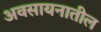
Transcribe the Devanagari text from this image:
अवसायनातील